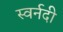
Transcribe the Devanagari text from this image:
स्वर्नदी